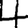
Digit: 4